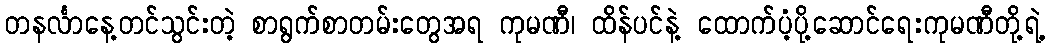
တနင်္လာနေ့တင်သွင်းတဲ့ စာရွက်စာတမ်းတွေအရ ကုမဏီ၊ ထိန်ပင်နဲ့ ထောက်ပံ့ပို့ဆောင်ရေးကုမဏီတို့ရဲ့